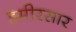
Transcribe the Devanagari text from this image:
हमीरसार